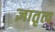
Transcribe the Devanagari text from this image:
ज्ञातृत्व